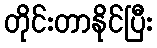
တိုင်းတာနိုင်ပြီး